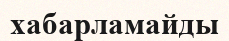
хабарламайды